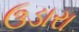
ઉડારા